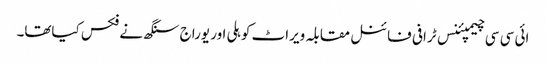
ائی سی سی چیمپئنس ٹرافی فائنل مقابلہ ویراٹ کوہلی اور یوراج سنگھ نے فکس کیاتھا۔